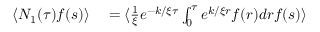
\begin{array} { r l } { \langle N _ { 1 } ( \tau ) f ( s ) \rangle } & { { } = \langle \frac { 1 } { \xi } e ^ { - k / \xi \tau } \int _ { 0 } ^ { \tau } e ^ { k / \xi r } f ( r ) d r f ( s ) \rangle } \end{array}